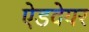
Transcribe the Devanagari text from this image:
ऐडवेयर